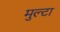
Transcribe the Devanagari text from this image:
मुल्टा